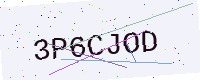
Text: 3P6CJOD